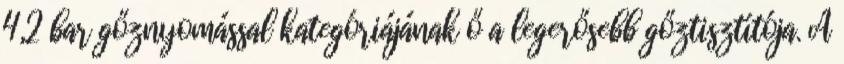
4,2 bar gőznyomással kategóriájának ő a legerősebb gőztisztítója. A